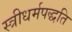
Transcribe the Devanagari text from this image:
स्त्रीधर्मपद्धति